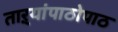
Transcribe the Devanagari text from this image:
ताऱ्यांपाठोपाठ